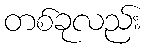
တစ်ခုလည်း